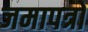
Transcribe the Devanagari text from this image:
जमापत्रों